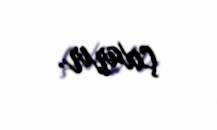
çıxarır.